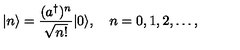
| n \rangle = { \frac { ( a ^ { \dagger } ) ^ { n } } { \sqrt { n ! } } } | 0 \rangle , \quad n = 0 , 1 , 2 , \ldots ,